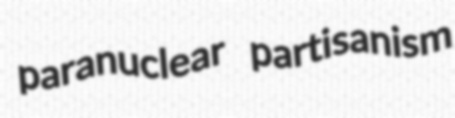
paranuclear partisanism